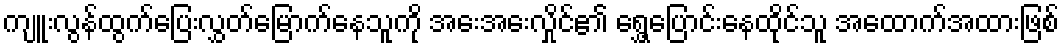
ကျူးလွန်ထွက်ပြေးလွှတ်မြောက်နေသူကို အေးအေးလှိုင်၏ ရွှေ့ပြောင်းနေထိုင်သူ အထောက်အထားဖြစ်